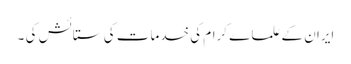
ایران کے علما ے کرام کی خدمات کی ستائش کی ۔